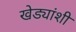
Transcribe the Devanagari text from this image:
खेड्यांशी